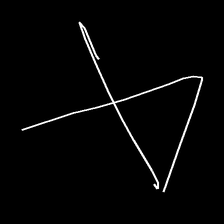
Glyph: collection